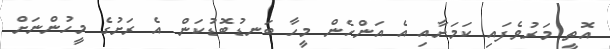
އޮތީ މަރުވެފައި ކަމަށާއި އެ އަންހެން މީހާ ބަނޑުބޮޑުކަން އެ ރަށުގެ މީހުންނަށް